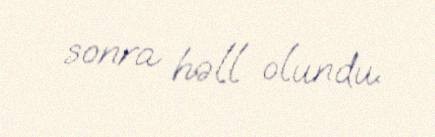
sonra həll olundu.